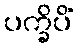
ပက္ခိပိံ